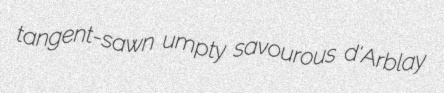
tangent-sawn umpty savourous d'Arblay